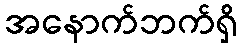
အနောက်ဘက်ရှိ